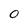
Character: 0